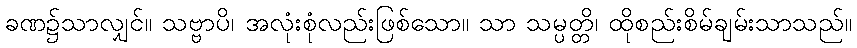
ခဏ၌သာလျှင်။ သဗ္ဗာပိ၊ အလုံးစုံလည်းဖြစ်သော။ သာ သမ္ပတ္တိ၊ ထိုစည်းစိမ်ချမ်းသာသည်။